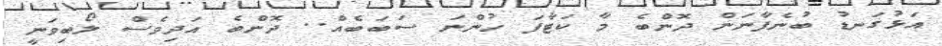
އަޅުގަނޑު ބުނެފާނަން ދޮންބެ މާ ކަޓާފަ ހުންނަ ސަބަބެއް.. ދޮންބެ އަދިވެސް ލޯބިވަނީ